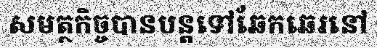
សមត្ថកិច្ចបានបន្តទៅឆែកឆេរនៅ